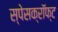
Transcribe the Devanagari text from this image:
स्पेसक्रॉफ्ट